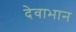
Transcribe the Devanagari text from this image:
देवाभान